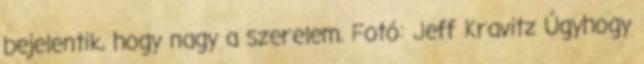
bejelentik, hogy nagy a szerelem. Fotó: Jeff Kravitz Úgyhogy